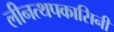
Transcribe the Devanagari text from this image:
लीनत्थपकासिनी